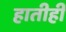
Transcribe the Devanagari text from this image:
हातीही